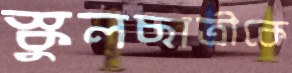
স্কুলছাত্রীকে